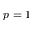
p = 1